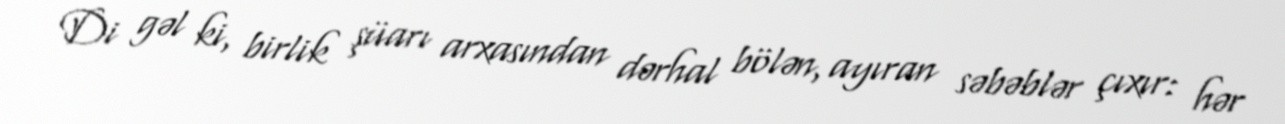
Di gəl ki, birlik şüarı arxasından dərhal bölən, ayıran səbəblər çıxır: hər